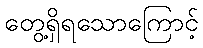
တွေ့ရှိရသောကြောင့်